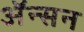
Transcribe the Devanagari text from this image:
अॅन्सन